Leningradi_Edasi_toimetus, lk 81
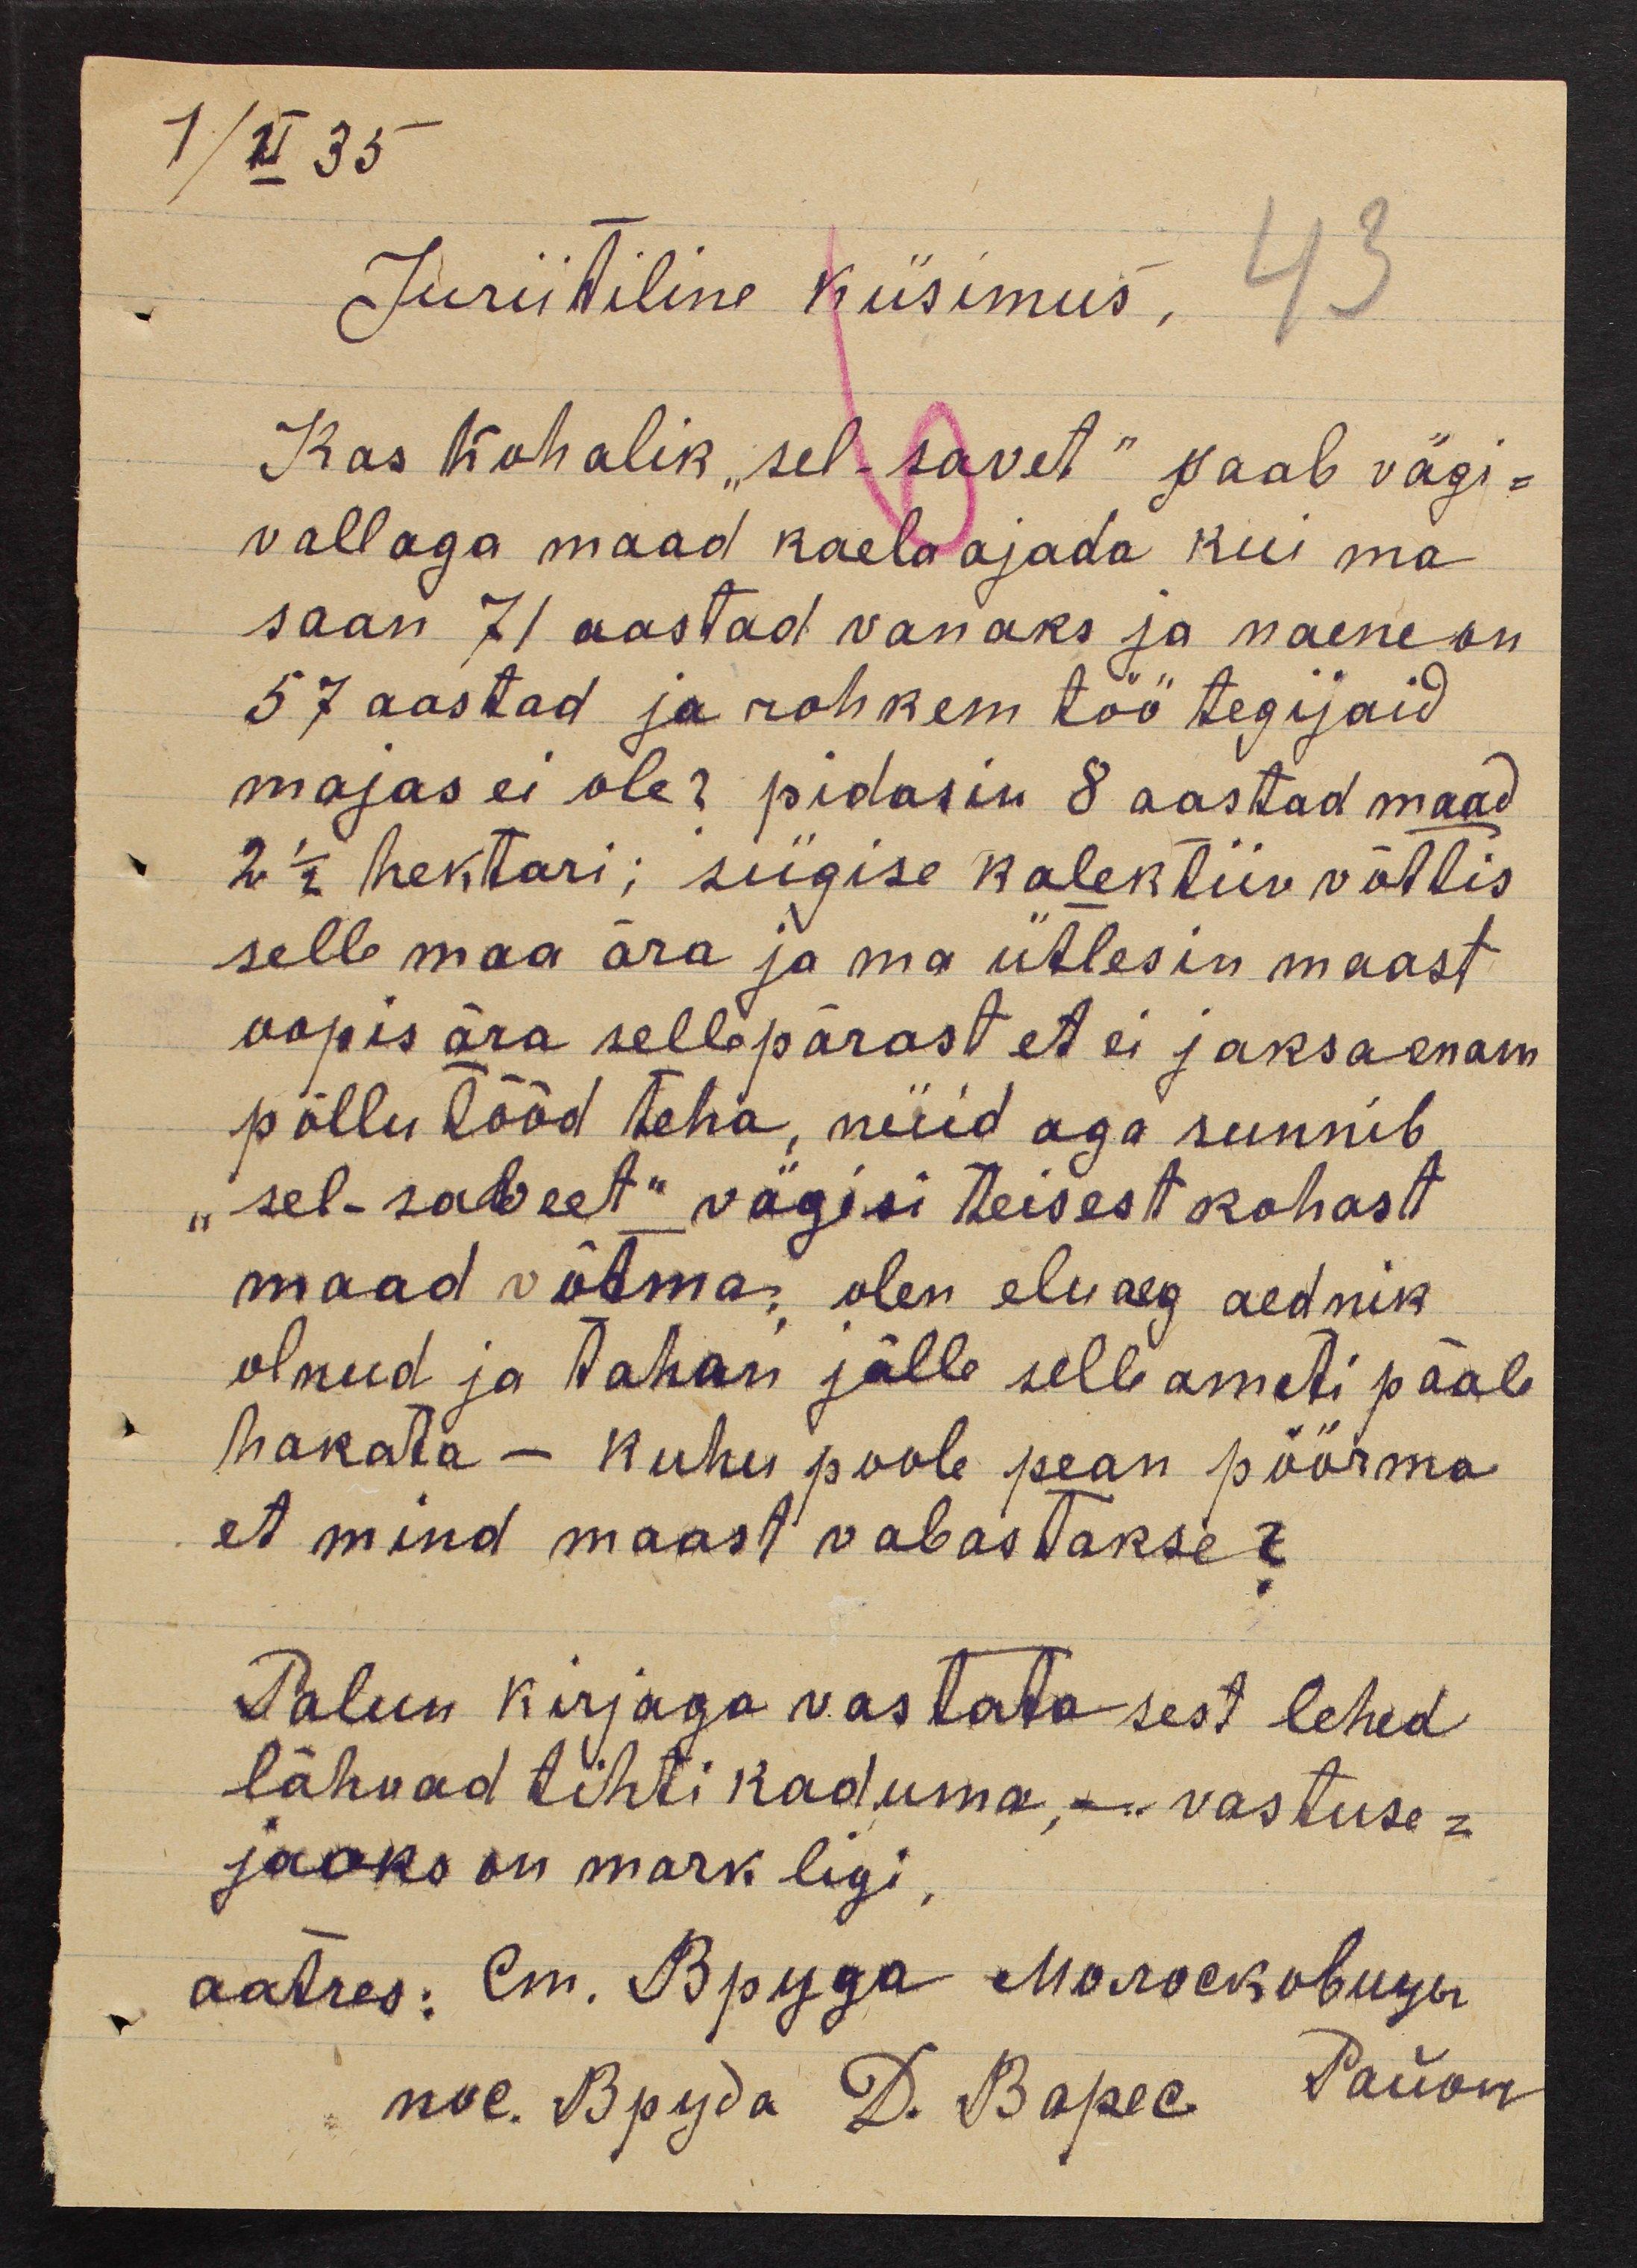
1/XI 35

Juriitiline küsimus, 43
Kas Kohalik "sel-savet" saab vägi-
vallaga maad kaela ajada kui ma
saan 71 aastad vanaks ja naene on
57 aastad ja rohkem töö tegijaid
majas ei ole? pidasin 8 aastad maad
2 1/2 hektari; sügise kalektiiv võttis
selle maa ära ja ma ütlesin maast
oopis ära sellpärast et ei jaksa enam
põllu tööd teha, nüid aga sunnib
"sel-saveet" vägisi teisest kohast
maad võtma, olen eluaeg aednik
olnud ja tahan jälle selle ameti päale
hakata - kuhu poole pean pöörma
et mind maast vabastakse?
Palun kirjaga vastata sest lehed
lähvad tihti kaduma,- vastuse-
jaoks on mark ligi
aatres: lm. Вруда могосковиуu